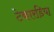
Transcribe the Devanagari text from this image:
टेकारडिया